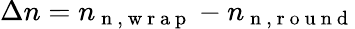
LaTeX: \Delta n=n_{\mathrm{~n~,~w~r~a~p~}}-n_{\mathrm{~n~,~r~o~u~n~d~}}